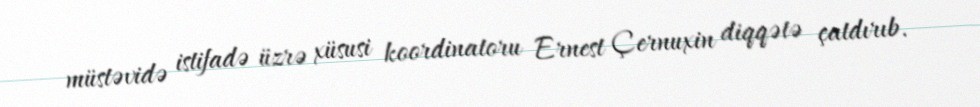
müstəvidə istifadə üzrə xüsusi koordinatoru Ernest Çernuxin diqqətə çatdırıb.